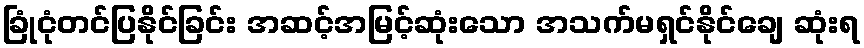
ခြုံငုံတင်ပြနိုင်ခြင်း အဆင့်အမြင့်ဆုံးသော အသက်မရှင်နိုင်ချေ ဆုံးရ